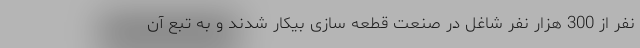
نفر از 300 هزار نفر شاغل در صنعت قطعه سازی بیکار شدند و به تبع آن